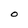
Character: O